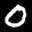
Label: 0